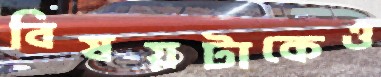
বিষয়টাকেও